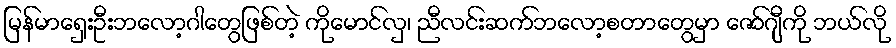
မြန်မာရှေးဦးဘလော့ဂါတွေဖြစ်တဲ့ ကိုမောင်လှ၊ ညီလင်းဆက်ဘလော့စတာတွေမှာ ဇော်ဂျီကို ဘယ်လို